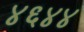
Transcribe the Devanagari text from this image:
४६४४